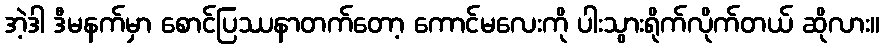
အဲ့ဒါ ဒီမနက်မှာ စောင်ပြဿနာတက်တော့ ကောင်မလေးကို ပါးသွားရိုက်လိုက်တယ် ဆိုလား။